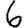
Digit: 6